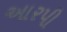
આરપી